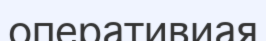
оперативиая